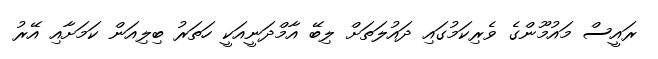
ރައީސް މައުމޫންގެ ވެރިކަމުގައި ދައުލަތަށް ލިބޭ އާމްދަނީއަކީ ހަތަރު ބިލިއަން ކަމަށާއި އޭރު